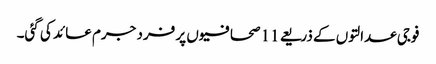
فوجی عدالتوں کے ذریعے 11 صحافیوں پر فرد جرم عائد کی گئی۔